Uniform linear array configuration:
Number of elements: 8
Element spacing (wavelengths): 0.25
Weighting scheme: hamming
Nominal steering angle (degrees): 0
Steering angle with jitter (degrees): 0.3292
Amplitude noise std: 0.05
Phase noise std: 0.05

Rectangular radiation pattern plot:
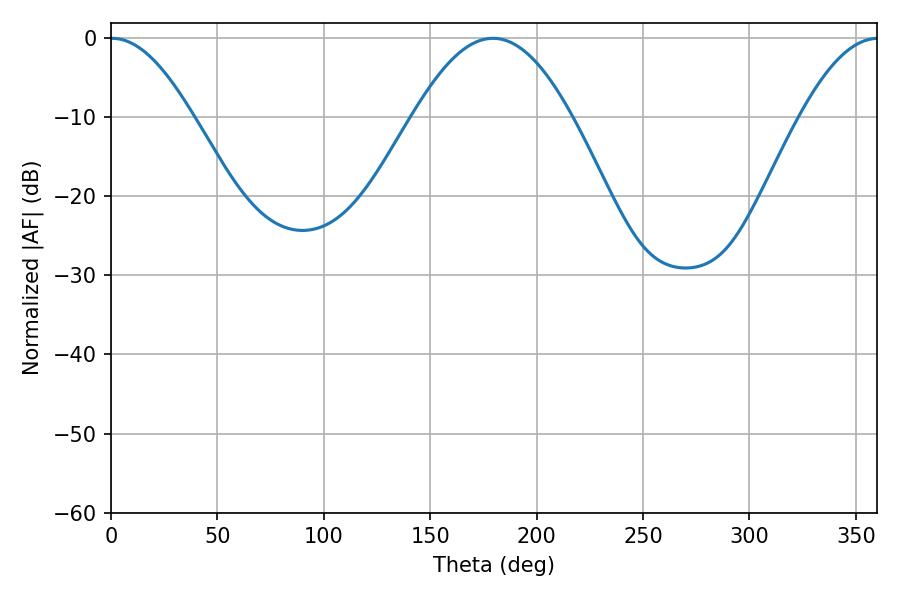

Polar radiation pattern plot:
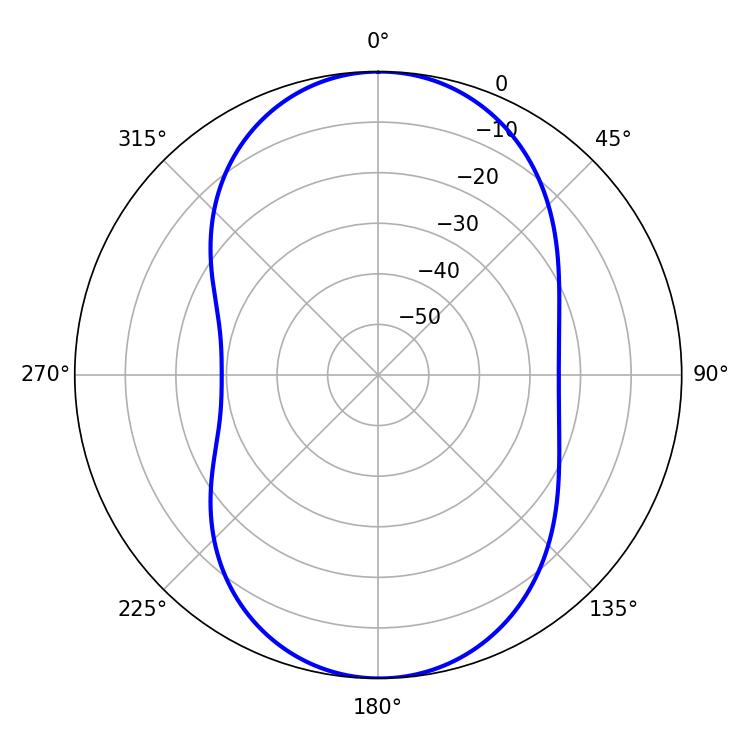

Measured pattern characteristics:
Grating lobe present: FALSE
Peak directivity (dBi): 18.697
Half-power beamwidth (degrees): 20.88
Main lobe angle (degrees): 0.54